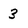
Character: 3